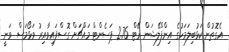
އެގޮތުން ކަޅުބިލަމަހުގެ އިންފްލޭޝަން ރޭޓް 2.76 ޕަސެންޓް މައްޗަށް ގޮސްފައިވާއިރު ވަޅޯމަސް ވަނީ